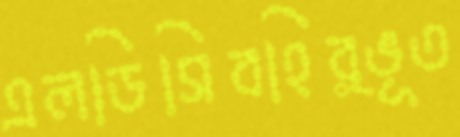
এলডিসিবহির্ভূত